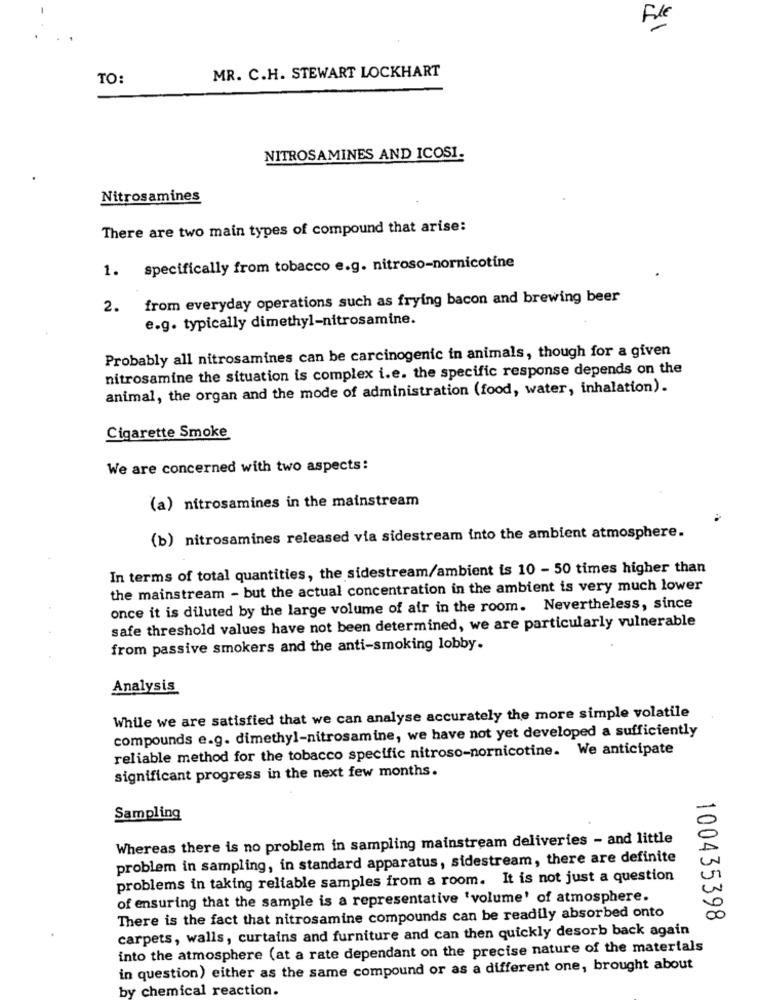
File
MR. C.H. STEWART LOCKHART
TO:
NITROSAMINES AND ICOSI.
Nitrosamines
There are two main types of compound that arise:
1. specifically from tobacco e.g. nitroso-nornicotine
2. from everyday operations such as frying bacon and brewing beer
e.g. typically dimethyl-nitrosamine.
Probably all nitrosamines can be carcinogenic in animals, though for a given
nitrosamine the situation is complex i.e. the specific response depends on the
animal, the organ and the mode of administration (food, water, inhalation).
Cigarette Smoke
We are concerned with two aspects:
(a) nitrosamines in the mainstream
(b) nitrosamines released via sidestream into the ambient atmosphere.
In terms of total quantities, the sidestream/ambient is 10 - 50 times higher than
the mainstream - but the actual concentration in the ambient is very much lower
once it is diluted by the large volume of air in the room. Nevertheless, since
safe threshold values have not been determined, we are particularly vulnerable
from passive smokers and the anti-smoking lobby.
Analysis
While we are satisfied that we can analyse accurately the more simple volatile
compounds e.g. dimethyl-nitrosamine, we have not yet developed a sufficiently
reliable method for the tobacco specific nitroso-nornicotine. We anticipate
significant progress in the next few months.
Sampling
Whereas there is no problem in sampling mainstream deliveries - and little
problem in sampling, in standard apparatus, sidestream, there are definite
problems in taking reliable samples from a room. It is not just a question
of ensuring that the sample is a representative 'volume' of atmosphere.
There is the fact that nitrosamine compounds can be readily absorbed onto
100435398
carpets, walls, curtains and furniture and can then quickly desorb back again
into the atmosphere (at a rate dependant on the precise nature of the materials
in question) either as the same compound or as a different one, brought about
by chemical reaction.